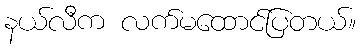
နယ်လီက လက်မထောင်ပြတယ်။